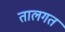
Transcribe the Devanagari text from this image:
तालगत